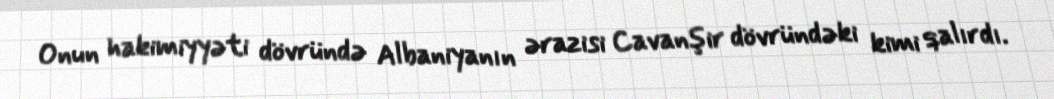
Onun hakimiyyəti dövründə Albaniyanın ərazisi Cavanşir dövründəki kimi qalırdı.